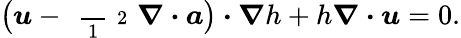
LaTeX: \big(\boldsymbol{u}-\mathrm{~\scriptsize~\frac~{~1~}~{~2~}~}\boldsymbol{\nabla}\boldsymbol{\cdot}\boldsymbol{a}\big)\boldsymbol{\cdot}\boldsymbol{\nabla}h+h\boldsymbol{\nabla}\boldsymbol{\cdot}\boldsymbol{u}=0.